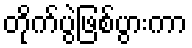
တိုက်ပွဲဖြစ်ပွားကာ